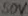
Text: 50V